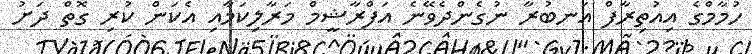
ހުމާމްގެ އިއުތިރާފް އަނބުރާ ނުގެންދެވޭނެ އަފްރާޝީމް މަރާލިކަމާއި އެކަން ކުރި ގޮތް ދަށު